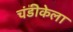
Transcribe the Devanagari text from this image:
चंडीकेला